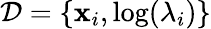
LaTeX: \mathcal{D}=\{ \mathbf{x}_{i},\mathrm{log}(\lambda_{i})\}